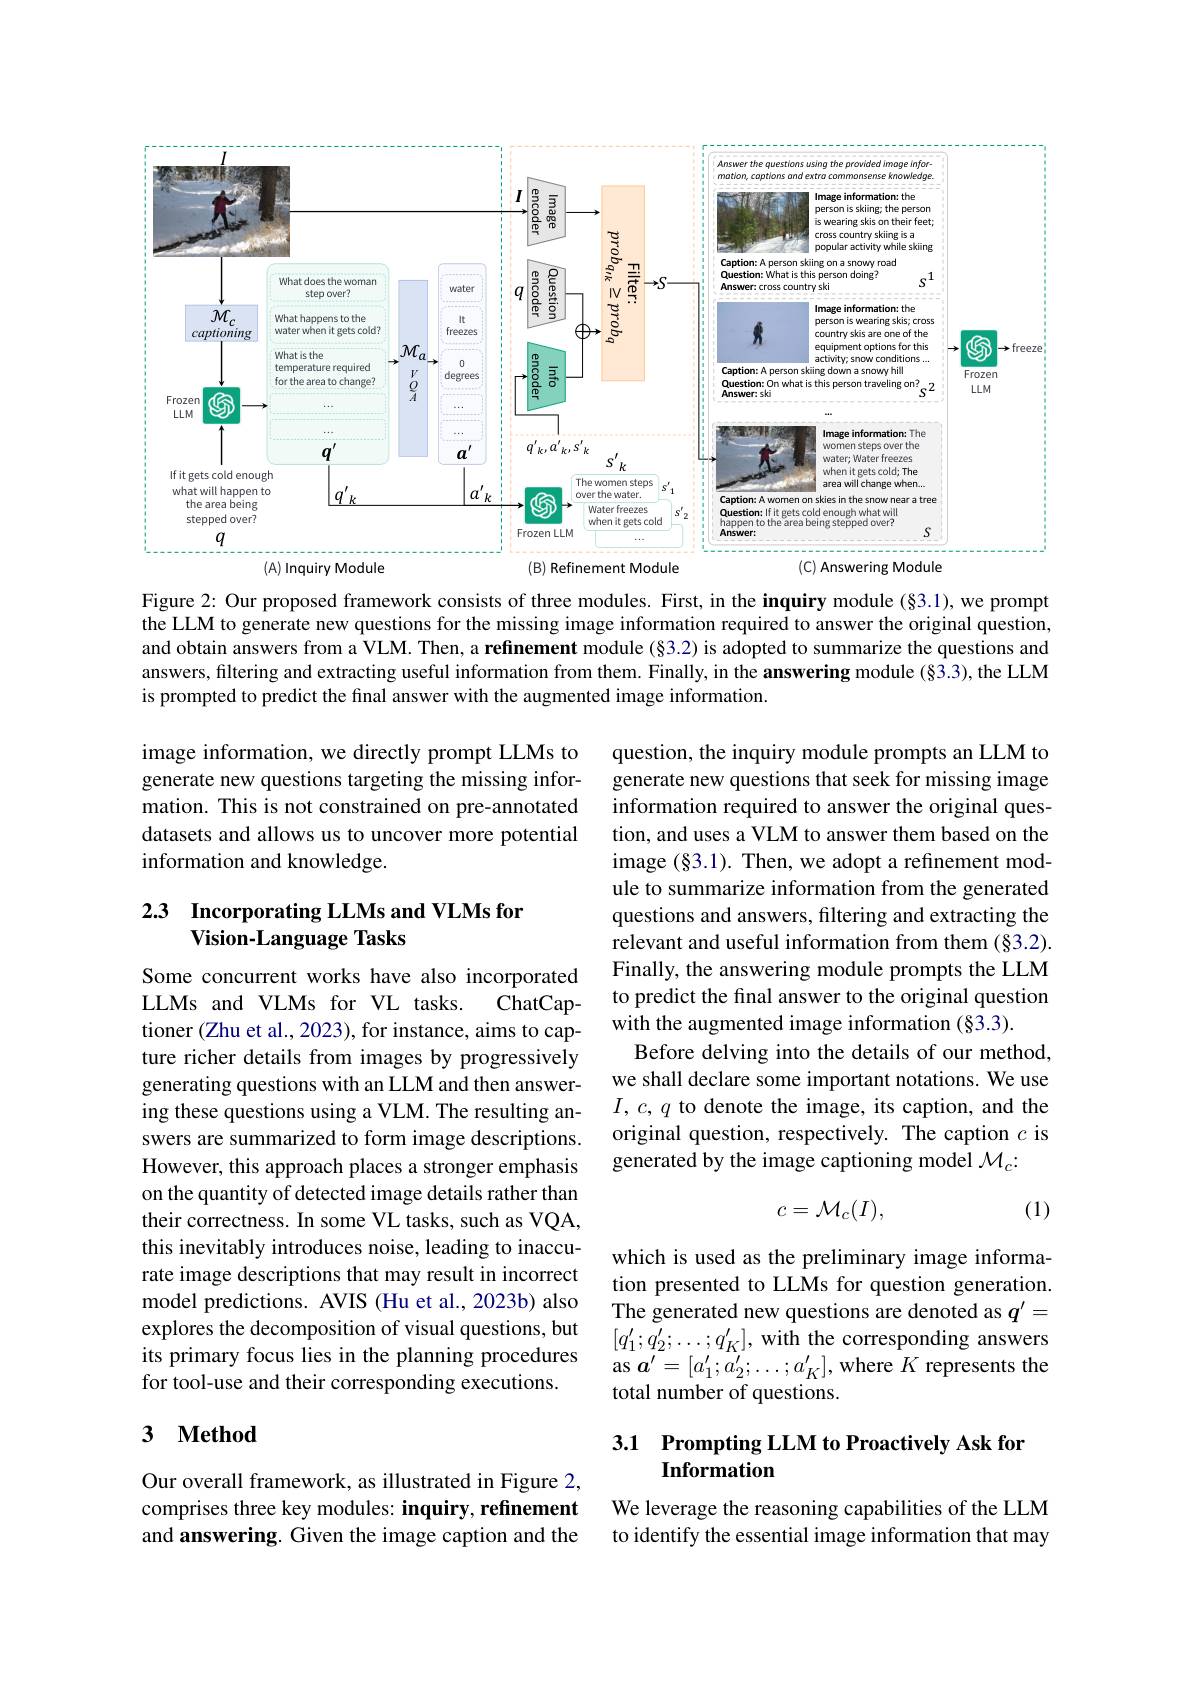
<FigureHere>

Figure 2: Our proposed framework consists of three modules. First, in the inquiry module (§3.1), we prompt the LLM to generate new questions for the missing image information required to answer the original question, and obtain answers from a VLM. Then, a refinement module (§3.2) is adopted to summarize the questions and answers, filtering and extracting useful information from them. Finally, in the answering module (§3.3), the LLM is prompted to predict the final answer with the augmented image information.

image information, we directly prompt LLMs to generate new questions targeting the missing information. This is not constrained on pre-annotated datasets and allows us to uncover more potential information and knowledge.

### 2.3 Incorporating LLMs and VLMs for Vision-Language Tasks

question, the inquiry module prompts an LLM to generate new questions that seek for missing image information required to answer the original question, and uses a VLM to answer them based on the image $(\S3.1).$ Then, we adopt a refinement module to summarize information from the generated questions and answers, filtering and extracting the relevant and useful information from them (§3.2). Finally, the answering module prompts the LLM to predict the final answer to the original question with the augmented image information (§3.3).
Before delving into the details of our method, we shall declare some important notations. We use $I,c,q$ to denote the image, its caption, and the original question, respectively. The caption $c$ is generated by the image captioning model $\mathcal{M}_c{:}$

Some concurrent works have also incorporated
LLMs and VLMs for VL tasks.
ChatCap-
tioner (Zhu et al., 2023), for instance, aims to capture richer details from images by progressively generating questions with an LLM and then answering these questions using a VLM. The resulting answers are summarized to form image descriptions. However, this approach places a stronger emphasis on the quantity of detected image details rather than their correctness. In some VL tasks, such as VQA, this inevitably introduces noise, leading to inaccurate image descriptions that may result in incorrect model predictions. AVIS (Hu et al., 2023b) also explores the decomposition of visual questions, but its primary focus lies in the planning procedures for tool-use and their corresponding executions.
$$c=\mathcal{M}_c(I),$$
(1)

which is used as the preliminary image information presented to LLMs for question generation. The generated new questions are denoted as $q^{\prime}=$ $[q_{1}^{\prime};q_{2}^{\prime};\ldots;q_{K}^{\prime}]$, with the corresponding answers as $a^\prime=[a_{1}^{\prime};a_{2}^{\prime};\ldots;a_{K}^{\prime}]$, where $K$ represents the total number of questions.

### 3 $\mathbf{Method}$

# 3.1 Prompting LLM to Proactively Ask for Information

Our overall framework, as illustrated in Figure 2, comprises three key modules: inquiry, refinement and answering. Given the image caption and the

We leverage the reasoning capabilities of the LLM to identify the essential image information that may